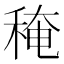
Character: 䅖